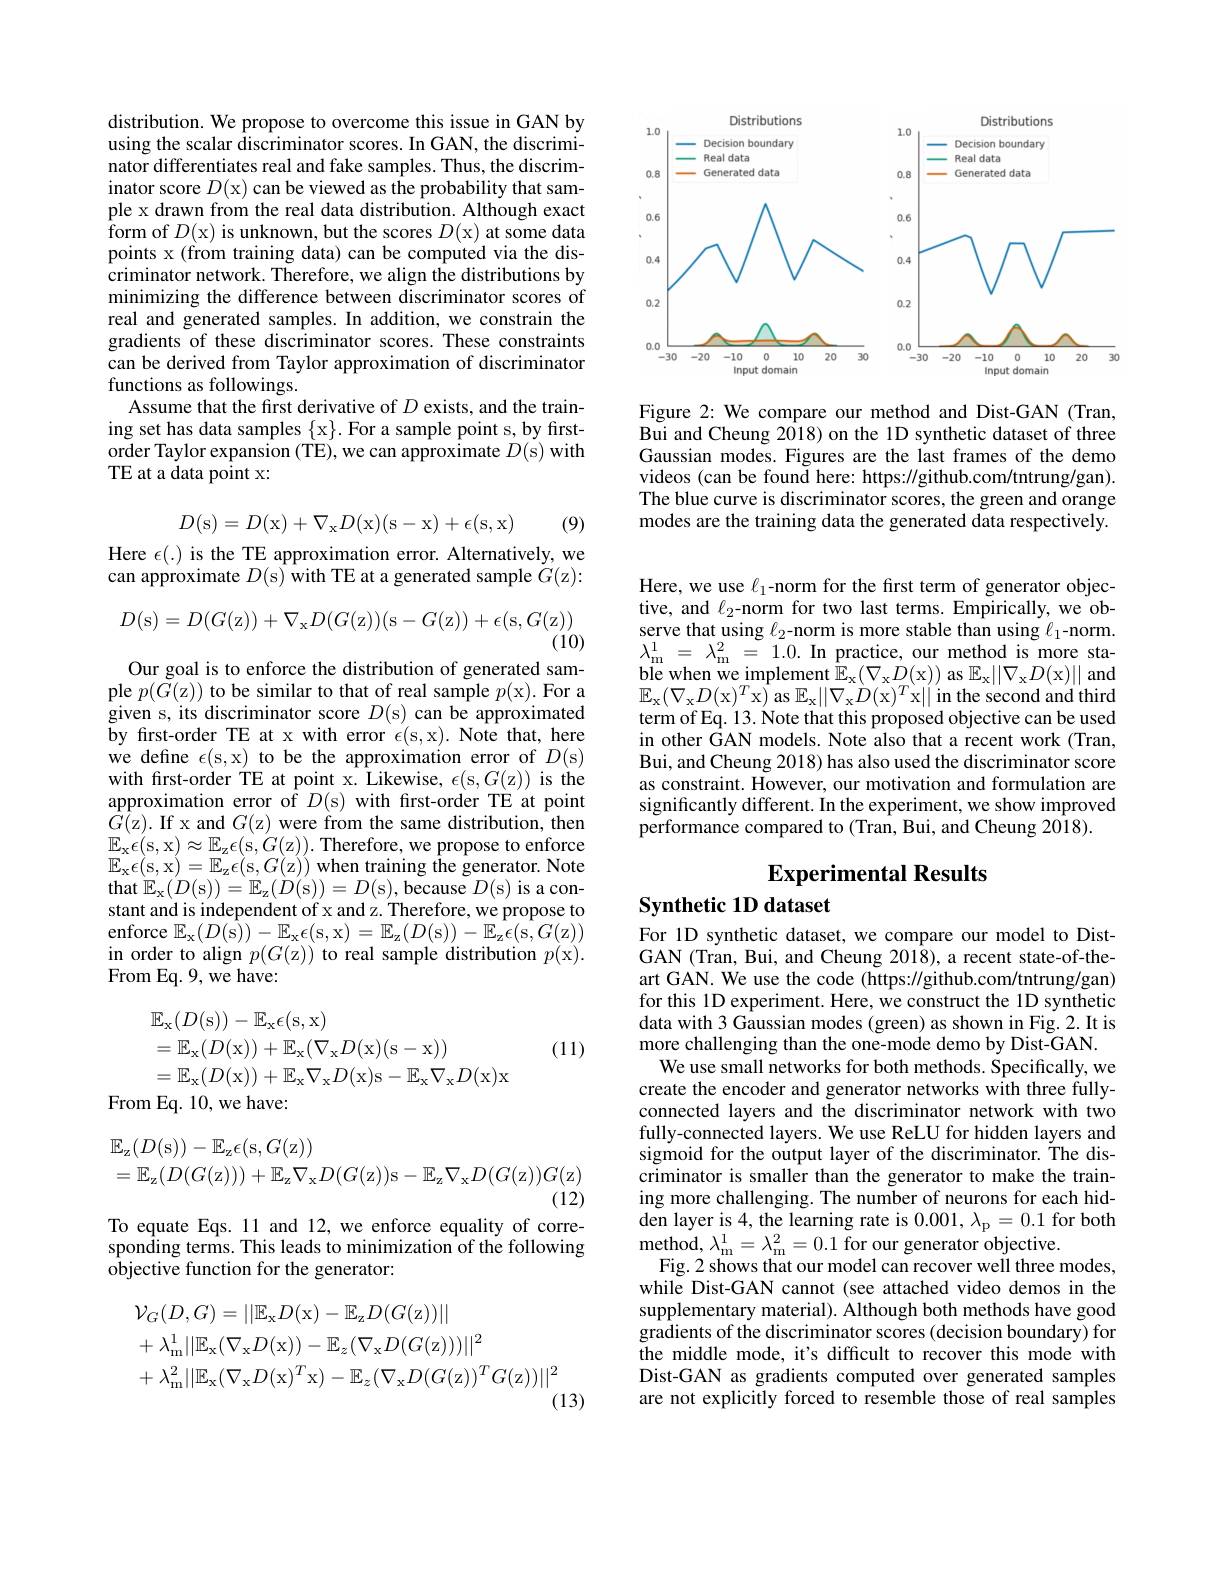
distribution. We propose to overcome this issue in GAN by using the scalar discriminator scores. In GAN, the discriminator differentiates real and fake samples. Thus, the discriminator score $D($x) can be viewed as the probability that sample x drawn from the real data distribution. Although exact $\mathop{\mathrm{form~of~}}D($x) is unknown, but the scores $D($x) at some data points x (from training data) can be computed via the discriminator network. Therefore, we align the distributions by minimizing the difference between discriminator scores of real and generated samples. In addition, we constrain the gradients of these discriminator scores. These constraints can be derived from Taylor approximation of discriminator functions as followings.
Assume that the first derivative of $D$ exists, and the training set has data samples $\{$x$\} .$ For a sample point s, by firstorder Taylor expansion (TE), we can approximate $D(\dot{\mathrm{s}})$ with TE at a data point x:
$$D(\mathrm s)=D(\mathrm x)+\nabla_\mathrm xD(\mathrm x)(\mathrm s-\mathrm x)+\epsilon(\mathrm s,\mathrm x)$$
(9)

Here $\epsilon(.)$ is the TE approximation error. Alternatively, we can approximate $D($s) with TE at a generated sample $G($z):
$$D(\mathrm{s})=D(G(\mathrm{z}))+\nabla_{\mathrm{x}}D(G(\mathrm{z}))(\mathrm{s}-G(\mathrm{z}))+\epsilon(\mathrm{s},G(\mathrm{z}))$$
(10)

Our goal is to enforce the distribution of generated sample $p(\tilde{G}($z)) to be similar to that of real sample $p($x). For a given s, its discriminator score $D($s)can be approximated by frst-order TE at x with error $\epsilon ($s, x). Note that, here we define $\epsilon($s,x) to be the approximation error of $D($s) with frst-order TE at point x. Likewise, $\epsilon($s$,G($z)) is the $\underset{c}{\operatorname*{\operatorname*{approximation}}}{\operatorname*{\operatorname*{error~of}}}D($s)with frst-order TE at point $\hat{G}($z). If x and $G($z) were from the same distribution, then $\underset{\mathrm{w}}{\operatorname*{E_{x}\epsilon(s,x)}}\approx\underset{\mathrm{w}}{\operatorname*{E_{z}\epsilon(s,G(z)).}}{\operatorname*{Therefore,~we~propose~to~enforce}}$ $\mathbb{E}_{\mathrm{x}}\epsilon($s,x$)=\mathbb{E}_\mathrm{z}\epsilon($s$,G($z)) when training the generator. Note $\operatorname{that}\mathbb{E}_{\mathrm{x}}(D($s$))=\mathbb{E}_\mathrm{z}(D($s$))=D($s),because $D($s) is a constant and is independent of x and z. Therefore, we propose to enforce $\mathbb{E}_{\mathrm{x}}(D(\hat{\mathrm{s}}))-\mathbb{E}_{\mathrm{x}}\epsilon($s,x$)=\mathbb{E}_\mathrm{z}(D($s$))-\mathbb{E}_\mathrm{z}\epsilon($s$,G($z)) in order to align $p(G($z)) to real sample distribution $p($x). From Eq. 9, we have:

(11)
$$\begin{aligned}&\mathbb{E}_{\mathrm{x}}(D(\mathrm{s}))-\mathbb{E}_{\mathrm{x}}\epsilon(\mathrm{s},\mathrm{x})\\&=\mathbb{E}_{\mathrm{x}}(D(\mathrm{x}))+\mathbb{E}_{\mathrm{x}}(\nabla_{\mathrm{x}}D(\mathrm{x})(\mathrm{s}-\mathrm{x}))\\&=\mathbb{E}_{\mathrm{x}}(D(\mathrm{x}))+\mathbb{E}_{\mathrm{x}}\nabla_{\mathrm{x}}D(\mathrm{x})\mathrm{s}-\mathbb{E}_{\mathrm{x}}\nabla_{\mathrm{x}}D(\mathrm{x})\mathrm{x}\\\end{aligned}$$
$$\begin{aligned}&\mathbb{E}_{\mathrm{z}}(D(\mathrm{s}))-\mathbb{E}_{\mathrm{z}}\epsilon(\mathrm{s},G(\mathrm{z}))\\&=\mathbb{E}_{\mathrm{z}}(D(G(\mathrm{z})))+\mathbb{E}_{\mathrm{z}}\nabla_{\mathrm{x}}D(G(\mathrm{z}))\mathrm{s}-\mathbb{E}_{\mathrm{z}}\nabla_{\mathrm{x}}D(G(\mathrm{z}))G(\mathrm{z})\end{aligned}$$
To equate Eqs. 11 and 12, we enforce equality of corresponding terms. This leads to minimization of the following objective function for the generator:
$$\begin{aligned}&\mathcal{V}_{G}(D,G)=||\mathbb{E}_{\mathrm{x}}D(\mathrm{x})-\mathbb{E}_{\mathrm{z}}D(G(\mathrm{z}))||\\&+\lambda_{\mathrm{m}}^{1}||\mathbb{E}_{\mathrm{x}}(\nabla_{\mathrm{x}}D(\mathrm{x}))-\mathbb{E}_{z}(\nabla_{\mathrm{x}}D(G(\mathrm{z})))||^{2}\\&+\lambda_{\mathrm{m}}^{2}||\mathbb{E}_{\mathrm{x}}(\nabla_{\mathrm{x}}D(\mathrm{x})^{T}\mathrm{x})-\mathbb{E}_{z}(\nabla_{\mathrm{x}}D(G(\mathrm{z}))^{T}G(\mathrm{z}))||^{2}\end{aligned}$$
<FigureHere>

Figure 2: We compare our method and Dist-GAN (Tran, Bui and Cheung 2018) on the 1D synthetic dataset of three Gaussian modes. Figures are the last frames of the demo videos (can be found here: https://github.com/tntrung/gan). The blue curve is discriminator scores, the green and orange modes are the training data the generated data respectively.

Here, we use $\ell_1$-norm for the first term of generator objective, and $\ell_2$-norm for two last terms. Empirically, we observe that using $\ell_2$-norm is more stable than using $\ell_1$-norm. $\lambda _{\mathrm{m} }^{1}$ = $\lambda _{\mathrm{m} }^{2}$ = 1.0.In practice, our method is more sta- $\begin{array}{c}{\mathrm{ble~when~we~implement~}\mathbb{E}_{x}(\nabla_{x}D(x))~as~\mathbb{E}_{x}||\nabla_{x}D(x)||~and}\\{\mathrm{P}(\nabla\nabla_{x}D(\nabla_{x})^{T})^{T}}\end{array}$ $\mathbb{E}_{\mathrm{x}}(\nabla_{\mathrm{x}}D($x$)^T$x)as $\mathbb{E}_\mathrm{x}||\nabla_\mathrm{x}\dot{D}($x$)^T$x||in the second and third term of Eq. 13. Note that this proposed objective can be used in other $\hat{\text{GAN models. Note also that a recent work(Tran,})}$ Bui, and Cheung 2018) has also used the discriminator score as constraint. However, our motivation and formulation are significantly different. In the experiment, we show improved performance compared to (Tran, Bui, and Cheung 2018).

# Experimental Results

## Synthetic 1D dataset

For 1D synthetic dataset, we compare our model to DistGAN (Tran, Bui, and Cheung 2018), a recent state-of-theart GAN. We use the code (https://github.com/tntrung/gan) for this 1D experiment. Here, we construct the 1D synthetic data with 3 Gaussian modes (green) as shown in Fig. 2. It is more challenging than the one-mode demo by Dist-GAN.
We use small networks for both methods. Specifically, we create the encoder and generator networks with three fullyconnected layers and the discriminator network with two fully-connected layers. We use ReLU for hidden layers and sigmoid for the output layer of the discriminator. The discriminator is smaller than the generator to make the training more challenging. The number of neurons for each hidden layer is 4, the learning rate is $0.001,\lambda_{\mathrm{p}}=0.1$ for both $\operatorname*{method,}\lambda_{\mathrm{m}}^{1}=\lambda_{\mathrm{m}}^{2}=0.1\stackrel{\mathrm{for~our~generator~objective.}}$
Fig. 2 shows that our model can recover well three modes, while Dist-GAN cannot (see attached video demos in the supplementary material). Although both methods have good gradients of the discriminator scores (decision boundary) for the middle mode, it's difficult to recover this mode with Dist-GAN as gradients computed over generated samples are not explicitly forced to resemble those of real samples